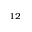
_ { 1 2 }